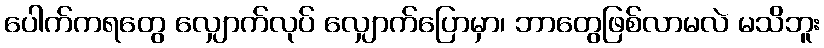
ပေါက်ကရတွေ လျှောက်လုပ် လျှောက်ပြောမှာ၊ ဘာတွေဖြစ်လာမလဲ မသိဘူး